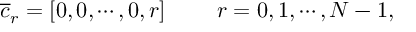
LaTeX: { \overline { { c } } } _ { r } = [ 0 , 0 , \cdots , 0 , r ] \ \ \ \ \ \ \ r = 0 , 1 , \cdots , N - 1 ,